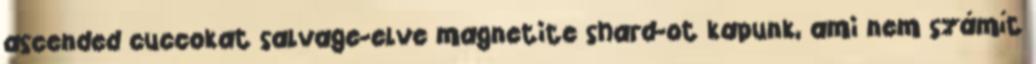
ascended cuccokat salvage-elve magnetite shard-ot kapunk, ami nem számít